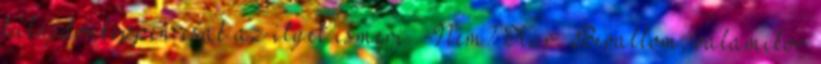
tulajdonképpen csak az ilyet ismeri. -Nem? Kár. Bevallom, valamikor